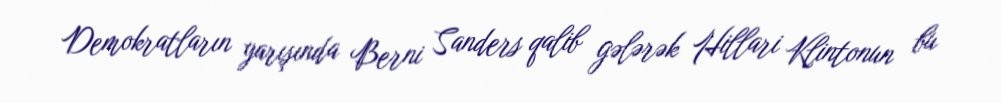
Demokratların yarışında Berni Sanders qalib gələrək Hillari Klintonun bu